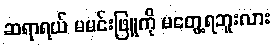
ဆရာရယ် မမင်းဖြူကို မတွေ့ရဘူးလား